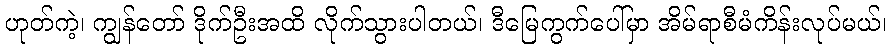
ဟုတ်ကဲ့၊ ကျွန်တော် ဒိုက်ဦးအထိ လိုက်သွားပါတယ်၊ ဒီမြေကွက်ပေါ်မှာ အိမ်ရာစီမံကိန်းလုပ်မယ်၊